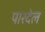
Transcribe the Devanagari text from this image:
पारदेल